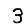
Digit: 3